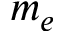
m _ { e }